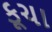
કૂચા